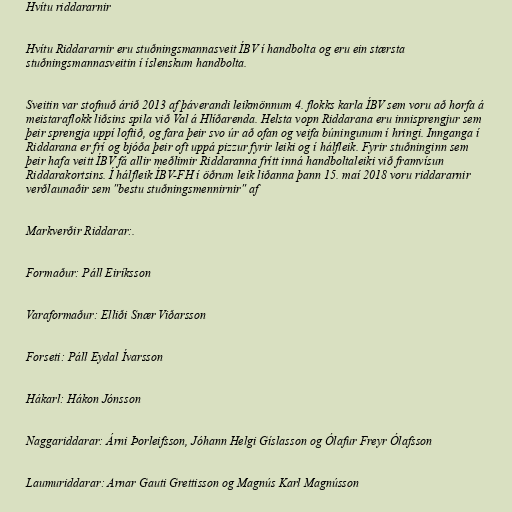
Hvítu riddararnir

Hvítu Riddararnir eru stuðningsmannasveit ÍBV í handbolta og eru ein stærsta
stuðningsmannasveitin í íslenskum handbolta.

Sveitin var stofnuð árið 2013 af þáverandi leikmönnum 4. flokks karla ÍBV sem voru að horfa á
meistaraflokk liðsins spila við Val á Hlíðarenda. Helsta vopn Riddarana eru innisprengjur sem
þeir sprengja uppí loftið, og fara þeir svo úr að ofan og veifa búningunum í hringi. Innganga í
Riddarana er frí og bjóða þeir oft uppá pizzur fyrir leiki og í hálfleik. Fyrir stuðninginn sem
þeir hafa veitt ÍBV fá allir meðlimir Riddaranna frítt inná handboltaleiki við framvísun
Riddarakortsins. Í hálfleik ÍBV-FH í öðrum leik liðanna þann 15. maí 2018 voru riddararnir
verðlaunaðir sem "bestu stuðningsmennirnir" af

Markverðir Riddarar:.

Formaður: Páll Eiríksson

Varaformaður: Elliði Snær Viðarsson

Forseti: Páll Eydal Ívarsson

Hákarl: Hákon Jónsson

Naggariddarar: Árni Þorleifsson, Jóhann Helgi Gíslasson og Ólafur Freyr Ólafsson

Laumuriddarar: Arnar Gauti Grettisson og Magnús Karl Magnússon